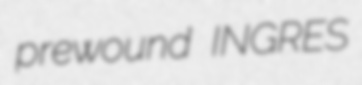
prewound INGRES